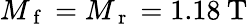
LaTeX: M_{\mathrm{~f~}}=M_{\mathrm{~r~}}=1.18\: \mathrm{T}